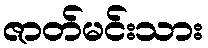
ဇာတ်မင်းသား